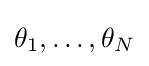
\theta _{1},\ldots ,\theta _{N}